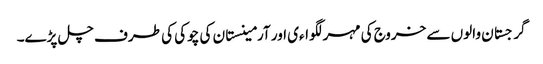
گرجستان والوں سے خروج کی مہر لگواءی اور آرمینستان کی چوکی کی طرف چل پڑے۔